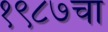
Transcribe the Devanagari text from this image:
१९८७चा